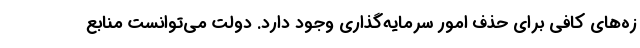
زه‌های کافی برای حذف امور سرمایه‌گذاری وجود دارد. دولت می‌توانست منابع